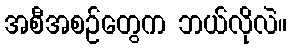
အစီအစဉ်တွေက ဘယ်လိုလဲ။